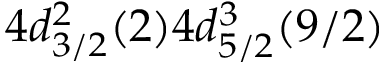
4 d _ { 3 / 2 } ^ { 2 } ( 2 ) 4 d _ { 5 / 2 } ^ { 3 } ( 9 / 2 )